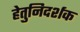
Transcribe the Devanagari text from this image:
हेतुनिदर्शक